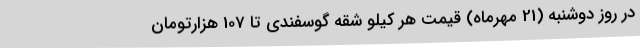
در روز دوشنبه (21 مهرماه) قیمت هر کیلو شقه گوسفندی تا 107 هزارتومان